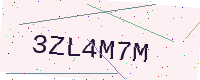
Text: 3ZL4M7M